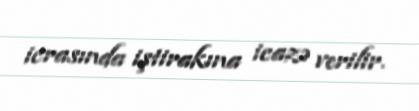
icrasında iştirakına icazə verilir.